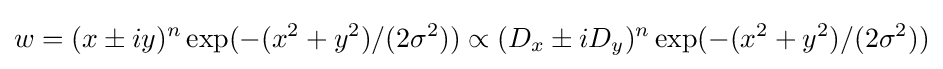
w=(x\pm iy)^{n}\exp(-(x^{2}+y^{2})/(2\sigma ^{2}))\propto (D_{x}\pm iD_{y})^{n}\exp(-(x^{2}+y^{2})/(2\sigma ^{2}))